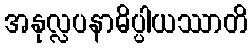
အနုလ္လပနာဓိပ္ပါယဿာတိ